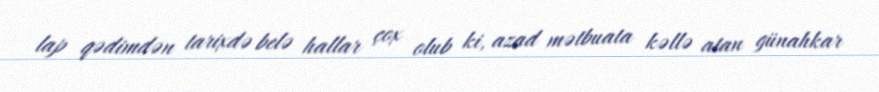
lap qədimdən tarixdə belə hallar çox olub ki, azad mətbuata kəllə atan günahkar